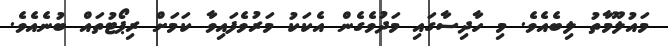
މައުލޫމާތު ލިބެއެވެ. މި ހާދިސާގައި މަދުވެގެން އެކަކު މަރުވެފައިވާ ކަމަށް ރިޕޯޓުތައް ބުނެއެވެ.